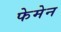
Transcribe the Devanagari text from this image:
फेमेन